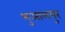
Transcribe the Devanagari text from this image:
भुआलपुर